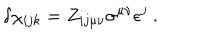
\delta \chi _ { i j k } = Z _ { i j \mu \nu } \sigma ^ { \mu \nu } \epsilon ^ { j } \ .